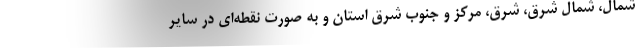
شمال، شمال شرق، شرق، مرکز و جنوب شرق استان و به صورت نقطه‌ای در سایر